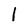
Character: 1